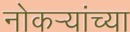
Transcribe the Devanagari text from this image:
नोकऱ्यांच्या